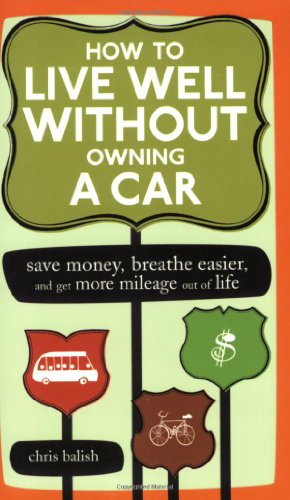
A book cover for How to Live Well Without Owning a Car: Save Money, Breathe Easier, and Get More Mileage Out of Life; Chris Balish; Engineering & Transportation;